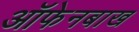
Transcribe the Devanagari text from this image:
ऑफेनबाख